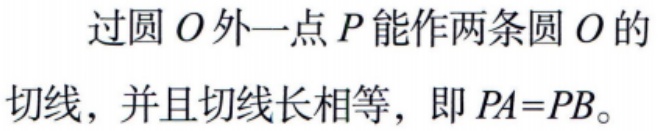
过圆\(O\)外一点\(P\)能作两条圆\(O\)的切线，并且切线长相等，即\(PA = PB\)。